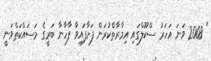
" 2008 ވަނަ އަހަރު ސްކޫލްގައި އިމާރާތްކުރަން ފަށާފައިވާ ފާހާނާ ބަރީގެ މަސައްކަތްވަނީ